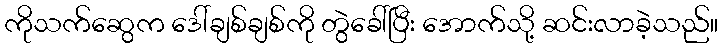
ကိုသက်ဆွေက ဒေါ်ချစ်ချစ်ကို တွဲခေါ်ပြီး အောက်သို့ ဆင်းလာခဲ့သည်။